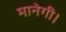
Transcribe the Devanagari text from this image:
मानेगी।